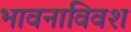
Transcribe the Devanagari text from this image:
भावनाविवश